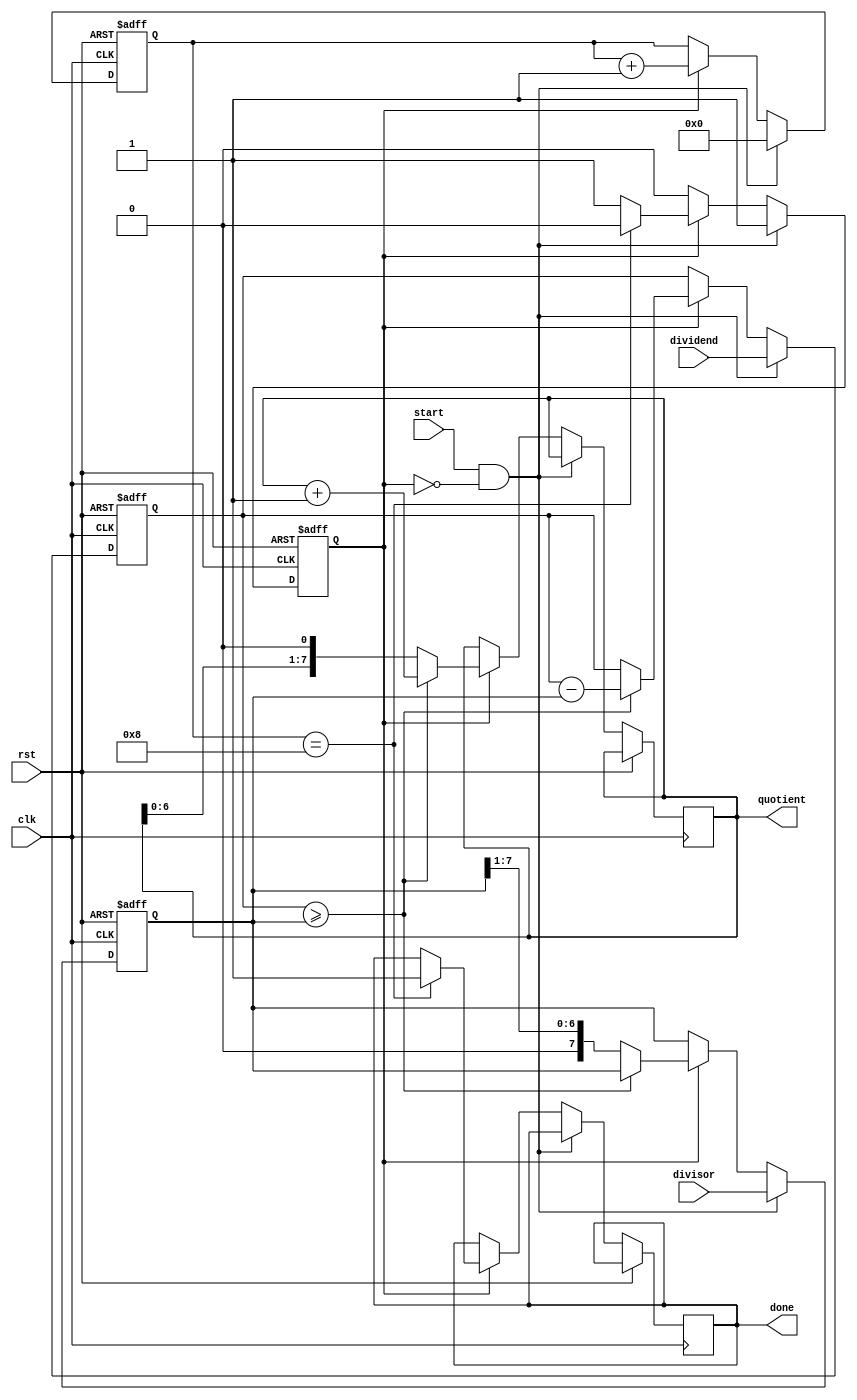
module asynchronous_divider (
  input wire clk,
  input wire rst,
  input wire start,
  input wire [7:0] dividend,
  input wire [7:0] divisor,
  output reg [7:0] quotient,
  output wire done
);

reg [7:0] remainder;
reg [7:0] temp;
reg [7:0] count;
reg busy;

always @(posedge clk or posedge rst) begin
  if (rst) begin
    remainder <= 8'b0;
    temp <= 8'b0;
    count <= 8'b0;
    busy <= 0;
  end else begin
    if (start && !busy) begin
      busy <= 1;
      count <= 0;
      remainder <= dividend;
      temp <= divisor;
    end else if (busy) begin
      if (remainder >= temp) begin
        remainder <= remainder - temp;
        quotient <= quotient + 1;
      end else begin
        temp <= temp >> 1;
        quotient <= quotient << 1;
      end
      count <= count + 1;
      if (count == 8) begin
        busy <= 0;
        done <= 1;
      end
    end
  end
end

endmodule